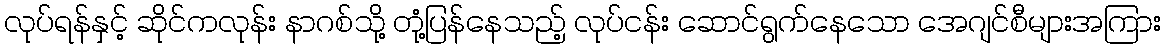
လုပ်ရန်နှင့် ဆိုင်ကလုန်း နာဂစ်သို့ တုံ့ပြန်နေသည့် လုပ်ငန်း ဆောင်ရွက်နေသော အေဂျင်စီများအကြား